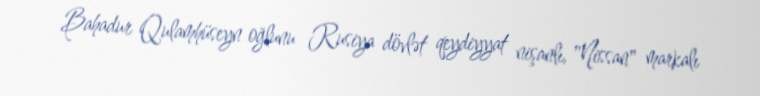
Bahadur Qulamhüseyn oğlunu Rusiya dövlət qeydiyyat nişanlı, "Nissan" markalı